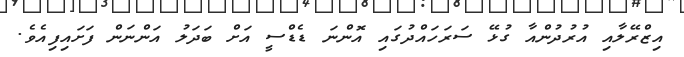
އިޒްރޭލާއި އުރުދުންއާ ގުޅޭ ސަރަހައްދުގައި އޮންނަ ޑެޑްސީ އަށް ބަދަލު އަންނަން ފަށައިފިއެވެ.